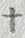
Text: +